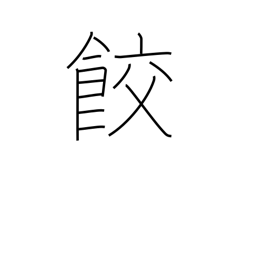
Meaning: gyoza